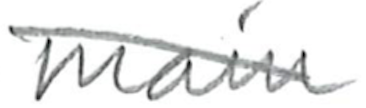
Text: main
Cross-out: diagonal
Writing tool: pencil